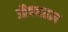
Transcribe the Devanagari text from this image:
औषधतज्ञ